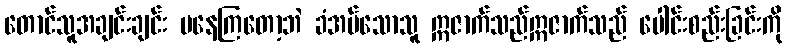
တောင်သူအချင်းချင်း မနေကြတော့ဘဲ ခံအပ်သောသူ ဣဇာက်သည်ဣဇာက်သည် ပေါင်းစည်းခြင်းကို